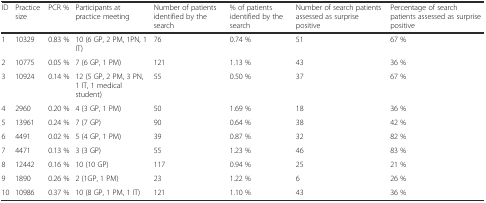
| ID | Practice size | PCR % | Participants at practice meeting | Number of patients identified by the search | % of patients identified by the search | Number of search patients assessed as surprise positive | Percentage of search patients assessed as surprise positive |
 | --- | --- | --- | --- | --- | --- | --- | --- |
 | 1 | 10329 | 0.83 % | 10 (6 GP, 2 PM, 1PN, 1 IT) | 76 | 0.74 % | 51 | 67 % |
 | 2 | 10775 | 0.05 % | 7 (6 GP, 1 PM) | 121 | 1.13 % | 43 | 36 % |
 | 3 | 10924 | 0.14 % | 12 (5 GP, 2 PM, 3 PN, 1 IT, 1 medical student) | 55 | 0.50 % | 37 | 67 % |
 | 4 | 2960 | 0.20 % | 4 (3 GP, 1 PM) | 50 | 1.69 % | 18 | 36 % |
 | 5 | 13961 | 0.24 % | 7 (7 GP) | 90 | 0.64 % | 38 | 42 % |
 | 6 | 4491 | 0.02 % | 5 (4 GP, 1 PM) | 39 | 0.87 % | 32 | 82 % |
 | 7 | 4471 | 0.13 % | 3 (3 GP) | 55 | 1.23 % | 46 | 83 % |
 | 8 | 12442 | 0.16 % | 10 (10 GP) | 117 | 0.94 % | 25 | 21 % |
 | 9 | 1890 | 0.26 % | 2 (1GP, 1 PM) | 23 | 1.22 % | 6 | 26 % |
 | 10 | 10986 | 0.37 % | 10 (8 GP, 1 PM, 1 IT) | 121 | 1.10 % | 43 | 36 % |